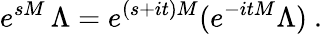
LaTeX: e^{sM}\, \Lambda=e^{(s+it)M}(e^{-itM}\Lambda)\ .